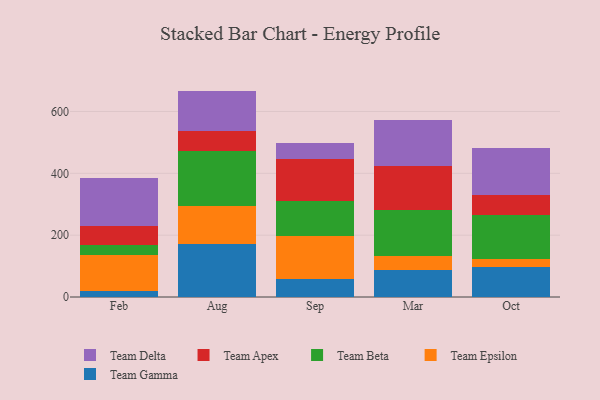
{"axis": {"x": "Month", "y": "Shipments"}, "legend": ["Team Apex", "Team Beta", "Team Delta", "Team Epsilon", "Team Gamma"], "data": [{"x": "Feb", "y": 18.7, "type": "Team Gamma"}, {"x": "Feb", "y": 118.5, "type": "Team Epsilon"}, {"x": "Feb", "y": 30.2, "type": "Team Beta"}, {"x": "Feb", "y": 63.0, "type": "Team Apex"}, {"x": "Feb", "y": 153.9, "type": "Team Delta"}, {"x": "Aug", "y": 172.0, "type": "Team Gamma"}, {"x": "Aug", "y": 121.8, "type": "Team Epsilon"}, {"x": "Aug", "y": 178.4, "type": "Team Beta"}, {"x": "Aug", "y": 65.5, "type": "Team Apex"}, {"x": "Aug", "y": 129.0, "type": "Team Delta"}, {"x": "Sep", "y": 59.0, "type": "Team Gamma"}, {"x": "Sep", "y": 138.8, "type": "Team Epsilon"}, {"x": "Sep", "y": 113.0, "type": "Team Beta"}, {"x": "Sep", "y": 137.1, "type": "Team Apex"}, {"x": "Sep", "y": 50.0, "type": "Team Delta"}, {"x": "Mar", "y": 86.3, "type": "Team Gamma"}, {"x": "Mar", "y": 45.2, "type": "Team Epsilon"}, {"x": "Mar", "y": 151.3, "type": "Team Beta"}, {"x": "Mar", "y": 139.6, "type": "Team Apex"}, {"x": "Mar", "y": 150.7, "type": "Team Delta"}, {"x": "Oct", "y": 96.2, "type": "Team Gamma"}, {"x": "Oct", "y": 25.1, "type": "Team Epsilon"}, {"x": "Oct", "y": 144.0, "type": "Team Beta"}, {"x": "Oct", "y": 63.1, "type": "Team Apex"}, {"x": "Oct", "y": 153.6, "type": "Team Delta"}]}